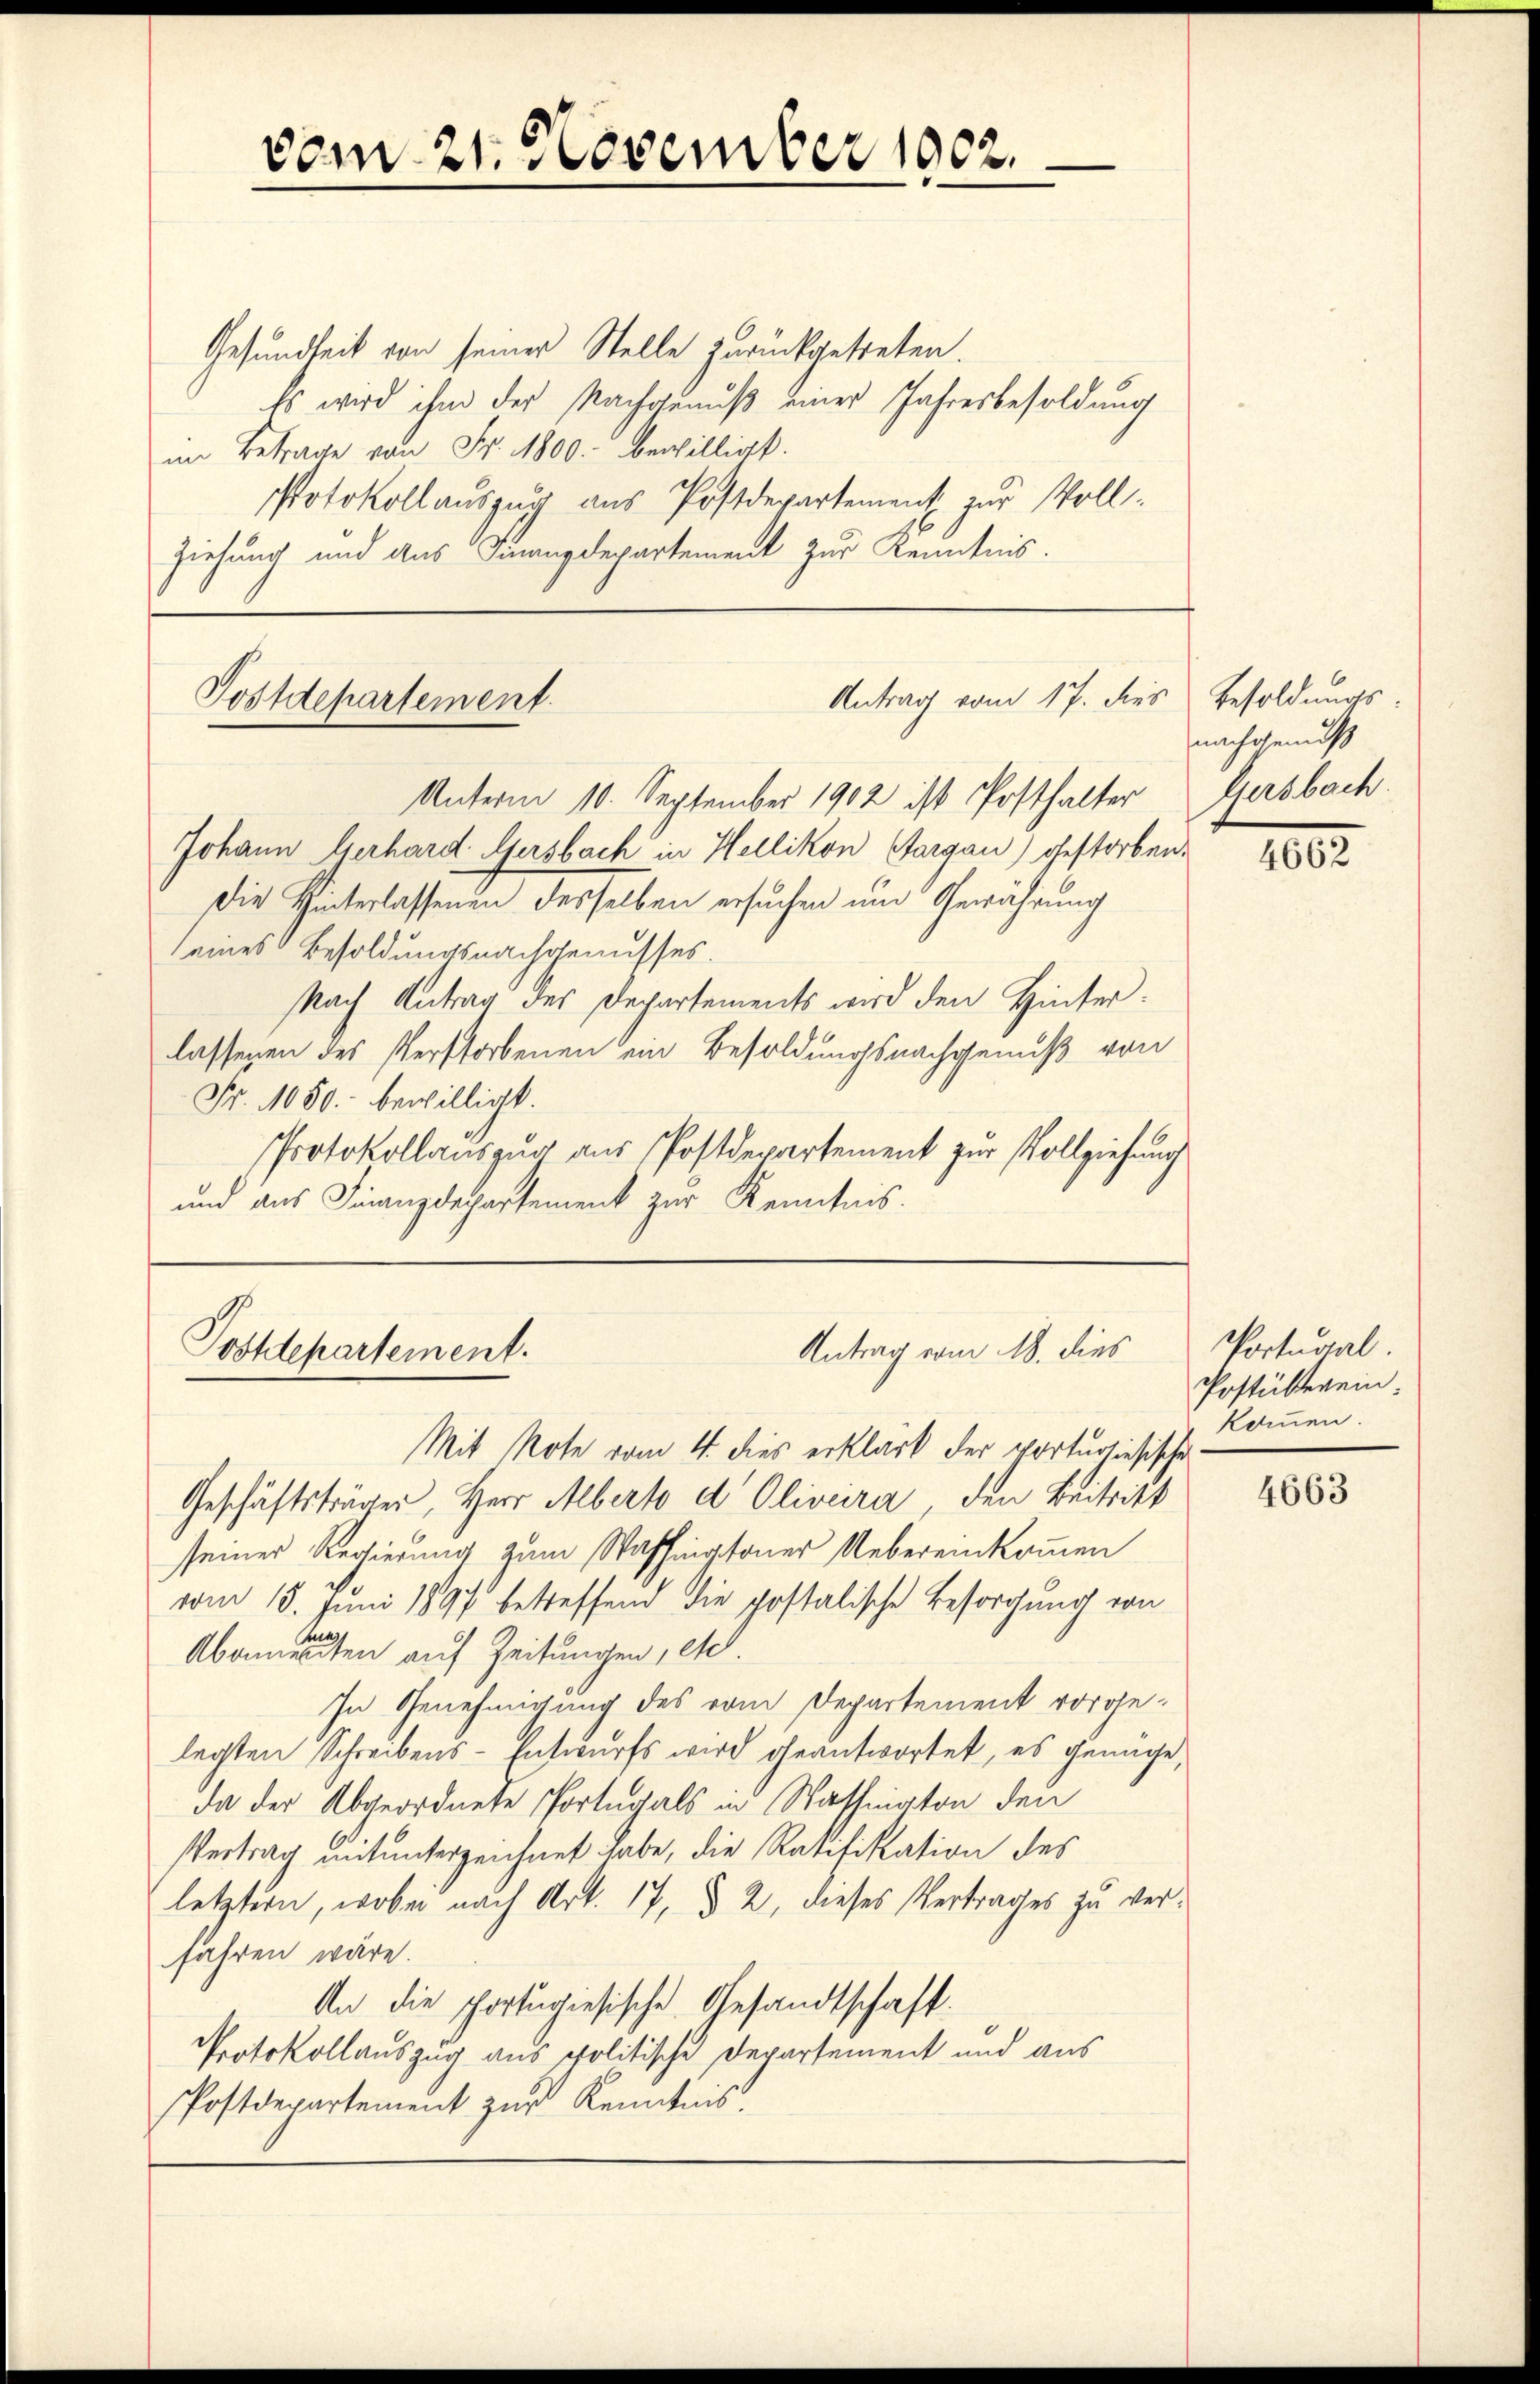
Gesundheit von seiner Stelle zurückgetreten.
Es wird ihm der Nachgenuß einer Jahresbesoldung
im Betrage von Fr. 1800. bewilligt.
Protokollauszug aus Postdepartement zur Voll-
Ziehung und aus Finanzdepartement zur Kenntnis.

Unterm 10. September 1902 ist Posthalter
Johann Verhard Gersbach in Hellikon Aargau) gestorben.
Die Hinterlassenen desselben ersuchen und Gewährung
eines Besoldungsnachgenusses.
Nach Antrag des Departements wird den Hinterlassenen des Verstorbenen ein Besoldungsnachgenuß von
Fr. 1050.- bewilligt.
Protokollauszug aus Postdepartement zur Vollziehung
und aus Finanzdechartement zur Kenntnis.

Antrag vom 18. dies
Postdepartement.

vom 21. November 1902.

Antrag vom 17. dies Besoldungs-
Postdepartement.

nachgenuß
Gersbach.
4662

Mit Note vom 4. dies erklärt der vortuosiesische
Geschäftsträger, Herr Alberto d Oliveira, den Beitritt
seiner Regierung zum Washingtoner Uebereinkommen
vom 15. Juni 1897 betreffend die postalische Besorgung von
Abendenten auf Zeitungen, etc.
In Genehmigung des vom Departement vorgelegten Schreibens-Entwurfs wird geantwortet, es genage,
da der Abgeordnete Portugals in Wassaton den
Vertrag mitunterzeichnet habe, die Ratifikation des
letztern, wobei nach Art. 17, § 2, dieses Vertrages zu verfahren wäre.
An die portugisische Gesandtschaft.
Protokollauszug aus politische Departement und aus
Postdepartement zur Kenntnis.

Portugal
Postükerein.
kommen.

4663